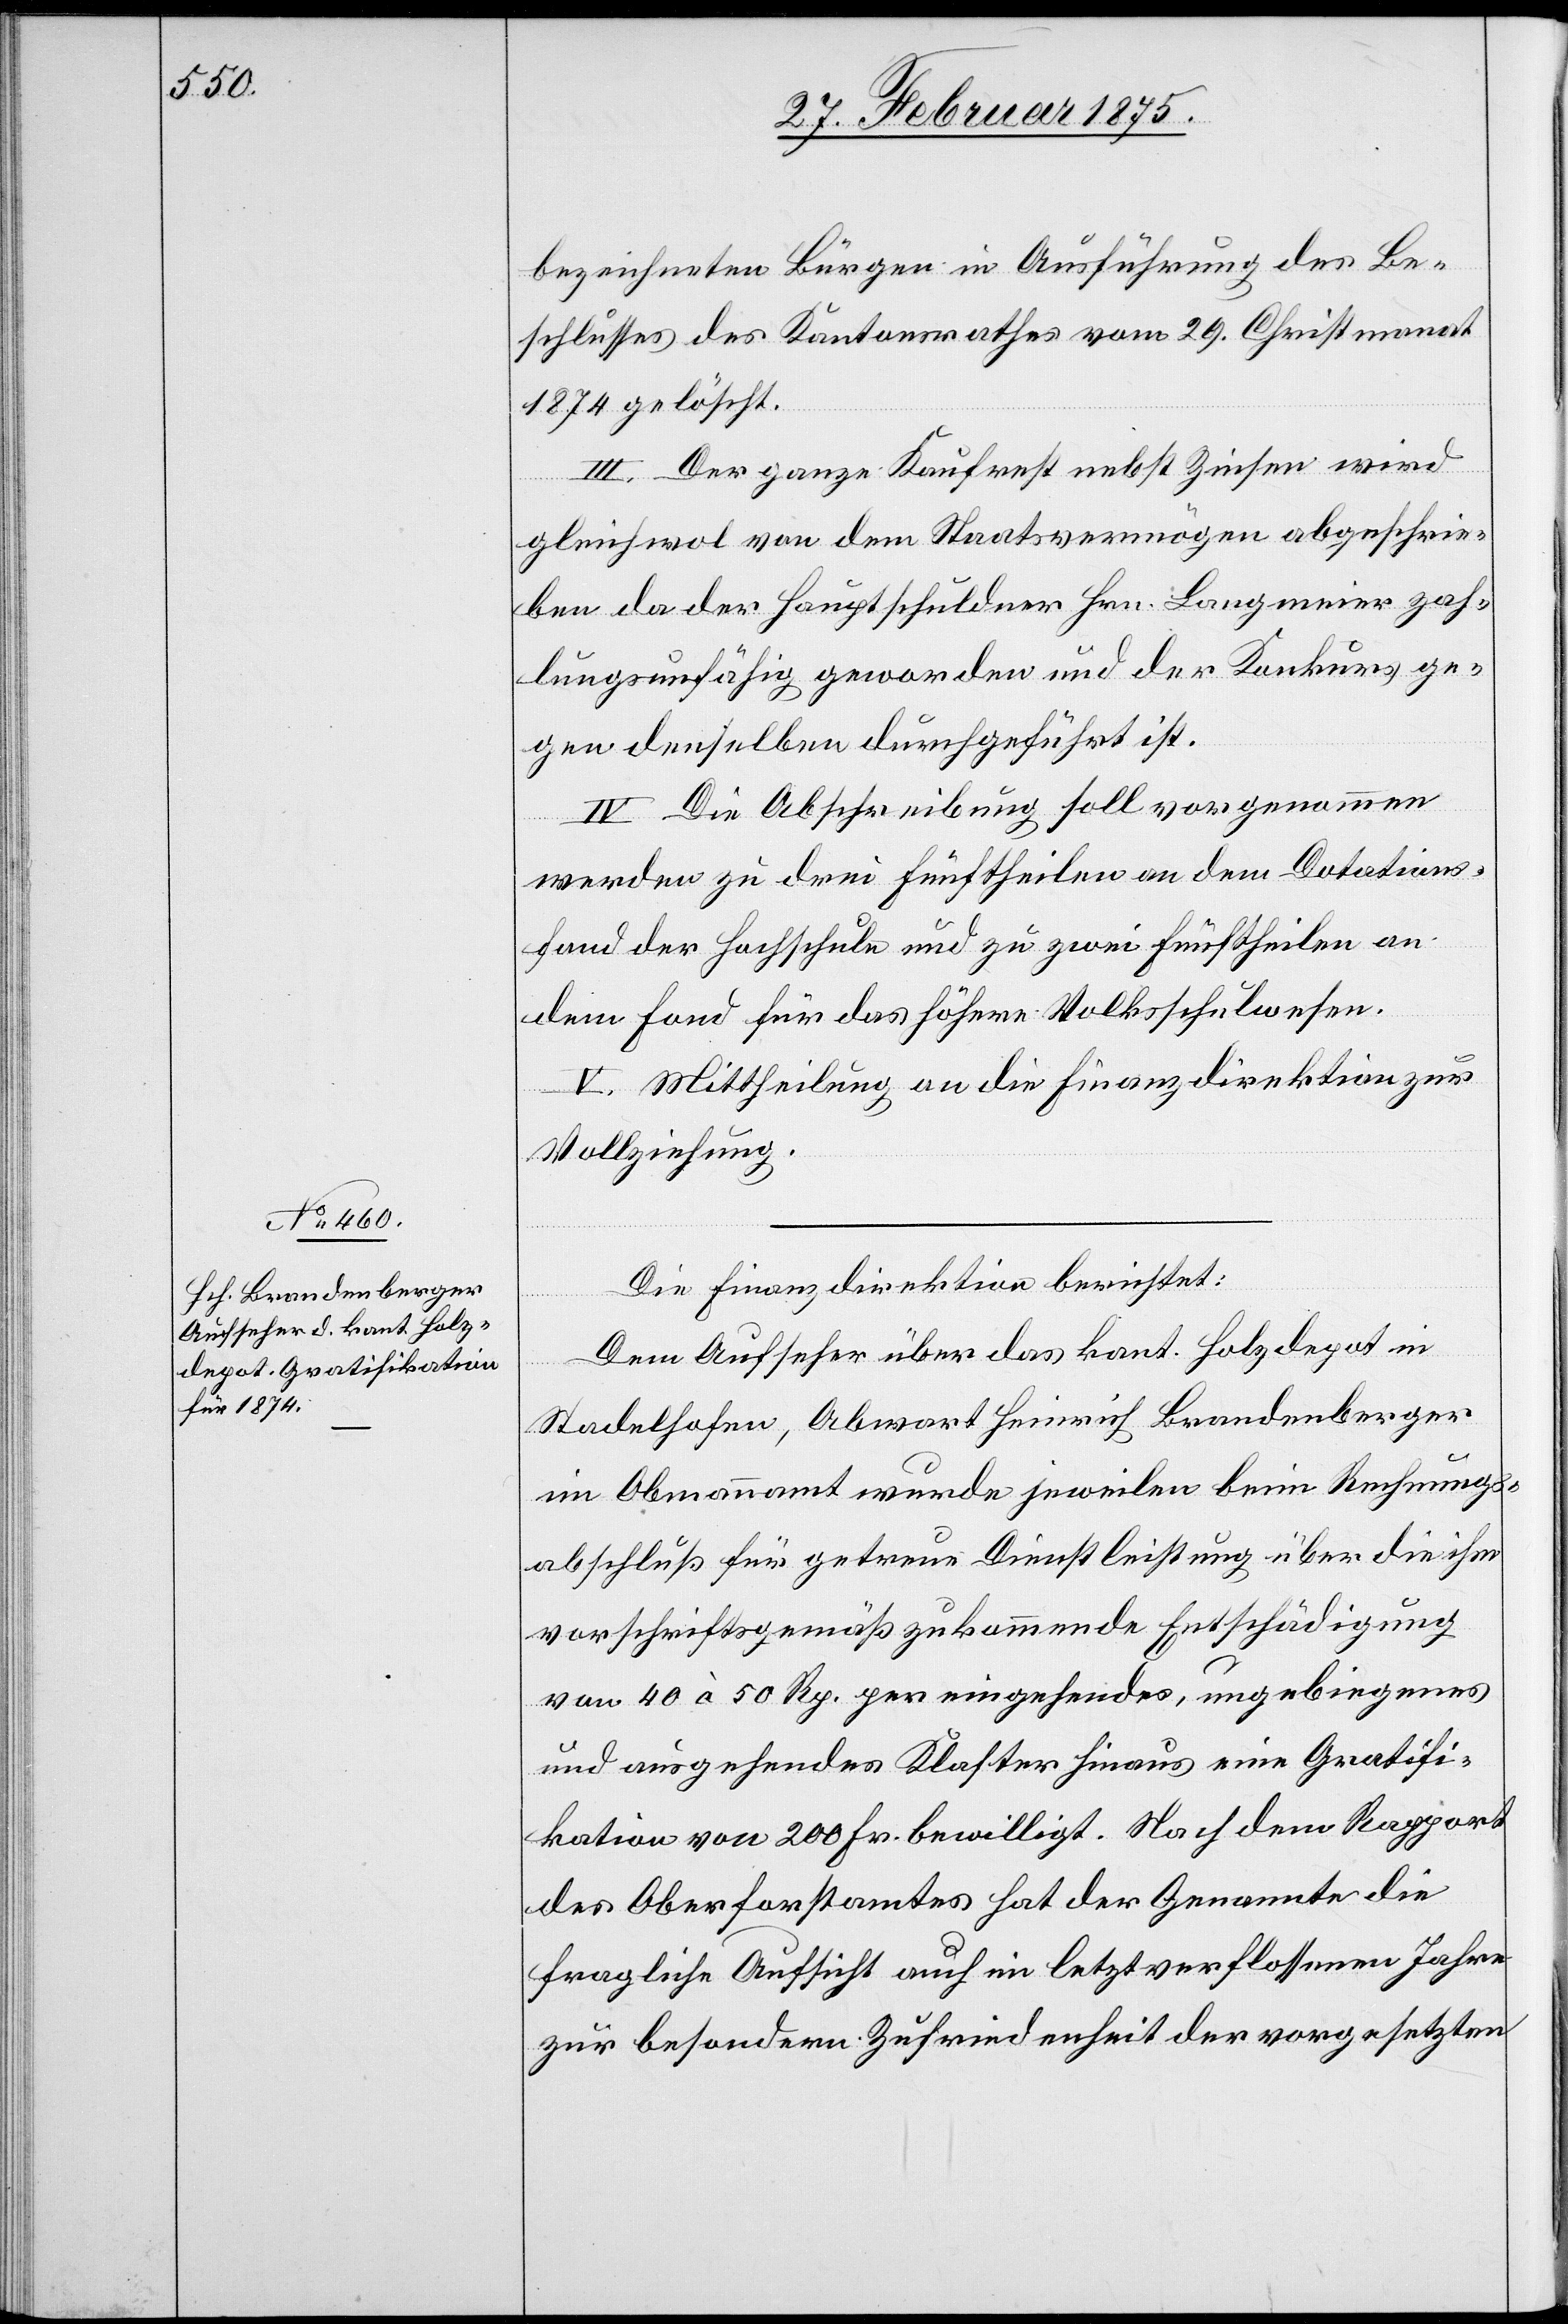
bezeichneten Bürgen in Ausführung des Be¬
schlusses des Kantonsrathes vom 29. Christmonat
1874 gelöscht.
III. Der ganze Kaufrest nebst Zinsen wird
gleichwol von dem Staatsvermögen abgeschrie¬
ben da der Hauptschuldner Hrn. Langmeier zah¬
lungsunfähig geworden und der Konkurs ge¬
gen denselben durchgeführt ist.
IV. Die Abschreibung soll vorgenommen
werden zu drei Fünftheilen an dem Dotations¬
fond der Hochschule und zu zwei Fünftheilen an
dem Fond für das höhere Volksschulwesen.
V. Mittheilung an die Finanzdirektion zur
Vollziehung.
Die Finanzdirektion berichtet:
Dem Aufseher über das kant. Holzdepot in
Stadelhofen, Abwart Heinrich Brandenberger
im Obmannamt wurde jeweilen beim Rechnungs¬
abschluß für seine getreue Dienstleistung über die ihm
vorschriftsgemäß zukommende Entschädigung
von 40 à 50 Rp. per eingehendes, ungebiegenes
uns ausgehendes Klaster hinaus eine Gratifi¬
kation von 200 Fr. bewilligt. Nach dem Rapport
des Oberforstamtes hat der Genannte die
fragliche Aufsicht auch im letztverflossenen Jahre
zur besondern Zufriedenheit der vorgesetzten